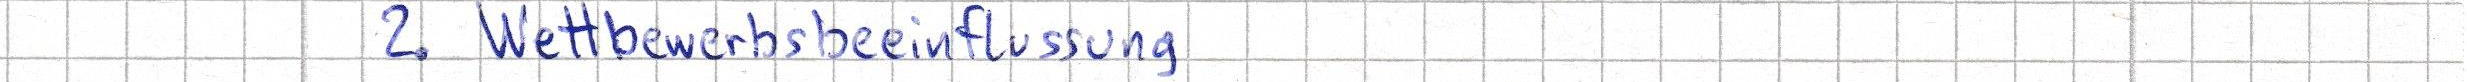
2. Wettbewerbsbeeinflussung